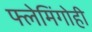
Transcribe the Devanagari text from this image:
फ्लेमिंगोही